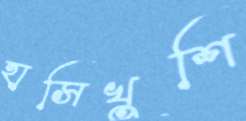
হাসিখুশি